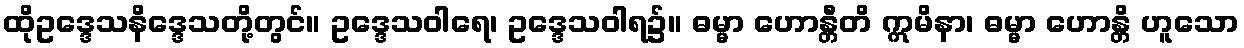
ထိုဥဒ္ဒေသနိဒ္ဒေသတို့တွင်။ ဥဒ္ဒေသဝါရေ၊ ဥဒ္ဒေသဝါရ၌။ ဓမ္မာ ဟောန္တီတိ ဣမိနာ၊ ဓမ္မာ ဟောန္တိ ဟူသော